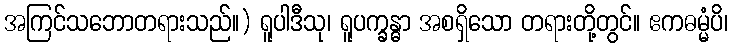
အကြင်သဘောတရားသည်။) ရူပါဒီသု၊ ရူပက္ခန္ဓာ အစရှိသော တရားတို့တွင်။ ဧကဓမ္မံပိ၊